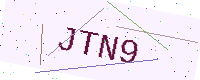
Text: JTN9